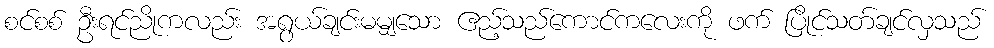
စင်စစ် ဦးရင်ညိုကလည်း အရွယ်ချင်းမမျှသော ဧည့်သည်ကောင်ကလေးကို ဖက် ပြိုင်သတ်ချင်လှသည်